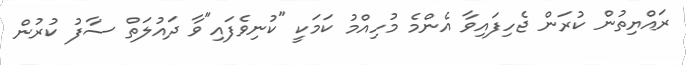
ރައްޔިތުން ކުރަން ޖެހިފައިވާ އެންމެ މުހިއްމު ކަމަކީ "ކުނިވެފައި"ވާ ދައުލަތް ސާފު ކުރުން